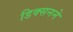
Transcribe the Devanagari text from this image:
डिक्सनने